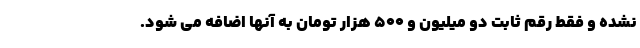
نشده و فقط رقم ثابت دو میلیون و ۵۰۰ هزار تومان به آنها اضافه می شود.